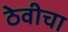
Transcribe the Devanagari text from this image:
ठेवीचा